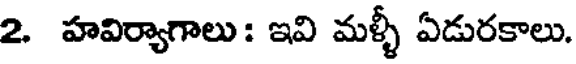
2. హవిర్యాగాలు : ఇవి మళ్ళీ ఏడురకాలు.